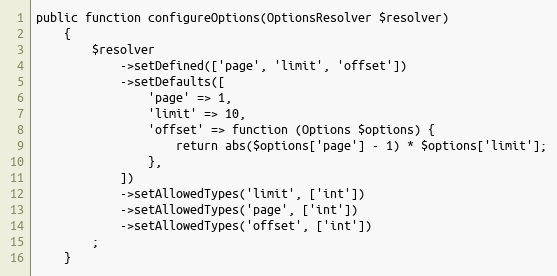
Language: PHP
public function configureOptions(OptionsResolver $resolver)
    {
        $resolver
            ->setDefined(['page', 'limit', 'offset'])
            ->setDefaults([
                'page' => 1,
                'limit' => 10,
                'offset' => function (Options $options) {
                    return abs($options['page'] - 1) * $options['limit'];
                },
            ])
            ->setAllowedTypes('limit', ['int'])
            ->setAllowedTypes('page', ['int'])
            ->setAllowedTypes('offset', ['int'])
        ;
    }